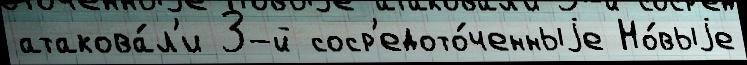
атакова́л'и 3-й соср'едото́ченныjе Но́выjе